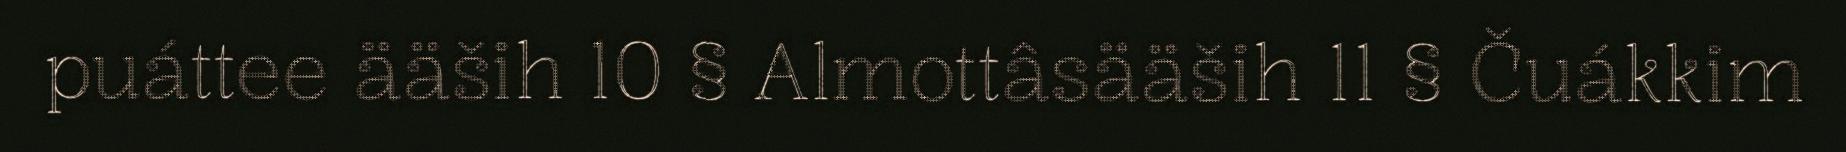
puáttee ääših 10 § Almottâsääših 11 § Čuákkim